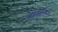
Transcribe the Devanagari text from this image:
माणसानेही